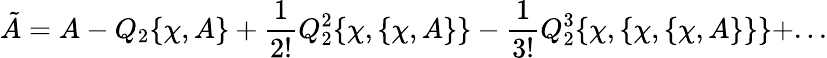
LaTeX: \tilde{A}=A-Q_{2}\{ \chi,A\} +{\frac{1}{2!}}Q_{2}^{2}\{ \chi,\{ \chi,A\} \} -{\frac{1}{3!}}Q_{2}^{3}\{ \chi,\{ \chi,\{ \chi,A\} \} \} +...